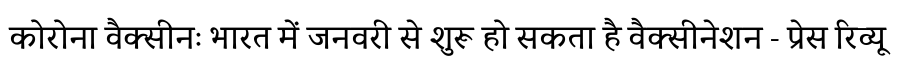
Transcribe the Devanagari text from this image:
कोरोना वैक्सीनः भारत में जनवरी से शुरू हो सकता है वैक्सीनेशन - प्रेस रिव्यू